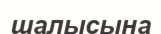
шалысына